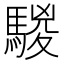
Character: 騣